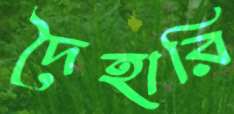
দৈহারি